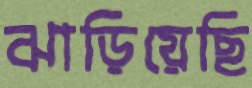
ঝাড়িয়েছি